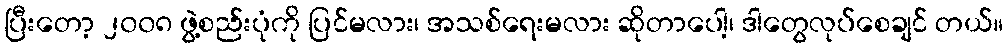
ပြီးတော့ ၂၀၀၈ ဖွဲ့စည်းပုံကို ပြင်မလား၊ အသစ်ရေးမလား ဆိုတာပေါ့၊ ဒါတွေလုပ်စေချင် တယ်။